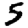
Digit: 5